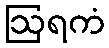
ဩရကံ